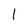
Character: 1